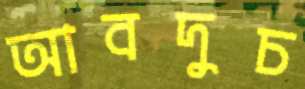
আবদুচ